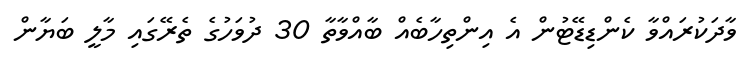
ވާދަކުރައްވާ ކެންޑިޑޭޓުން އެ އިންތިހާބެއް ބާއްވާތާ 30 ދުވަހުގެ ތެރޭގައި މާލީ ބަޔާން